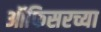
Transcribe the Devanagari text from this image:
ऑफिसरच्या